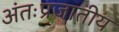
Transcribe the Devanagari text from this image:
अंतःप्रजातीय